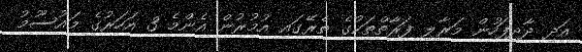
އަދި ދާދިފަހުން މަރާލި ފަރާތްތަކުގެ ތެރޭގައި އުމުރުން އެންމެ 3 އަހަރުގެ މައުސޫމު